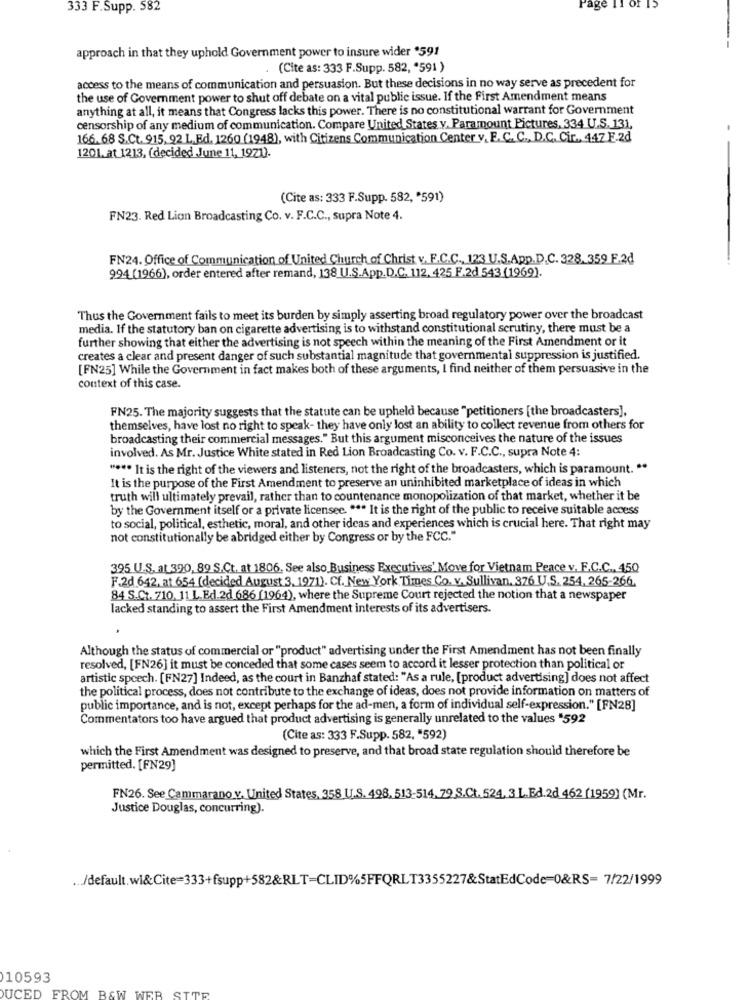
333 F.Supp. 582
age
approach in that they uphold Government power to insure wider *591
(Cite as: 333 F.Supp. 582, '591 )
access to the means of communication and persuasion. But these decisions in no way serve as precedent for
the use of Government power to shut off debate on a vital public issue. If the First Amendment means
anything at all, it means that Congress lacks this power. There is no constitutional warrant for Government
censorship of any medium of communication. Compare United States v. Paramount Pictures, 334 U.S. 131,
166. 68 S.Ct. 915, 92 L,Ed. 1260 (1948), with Citizens Communication Center v. E.C. C ., D.C. Cir ., 447 F.2d
1201. at 1213, (decided June 11, 1971).
(Cite as: 333 F.Supp. 582, '591)
FN23. Red Lion Broadcasting Co. v. F.C.C ., supra Note 4.
FN24. Office of Communication of United Church of Christ v. F.C.C ., 123 U.S.App.D.C. 328. 359 F.2d
994 (1966), order entered after remand, 138 U.S.App.D.C. 112, 425 F.2d 543 (1969).
Thus the Government fails to meet its burden by simply asserting broad regulatory power over the broadcast
media. If the statutory ban on cigarette advertising is to withstand constitutional scrutiny, there must be a
further showing that either the advertising is not speech within the meaning of the First Amendment or it
creates a clear and present danger of such substantial magnitude that governmental suppression is justified.
[FN25] While the Government in fact makes both of these arguments, I find neither of them persuasive in the
context of this case.
FN25. The majority suggests that the statute can be upheld because "petitioners [the broadcasters],
themselves, have lost no right to speak- they have only lost an ability to collect revenue from others for
broadcasting their commercial messages." But this argument misconceives the nature of the issues
involved. As Mr. Justice White stated in Red Lion Broadcasting Co. v. F.C.C ., supra Note 4:
" *** It is the right of the viewers and listeners, not the right of the broadcasters, which is paramount. "
It is the purpose of the First Amendment to preserve an uninhibited marketplace of ideas in which
truth will ultimately prevail, rather than to countenance monopolization of that market, whether it be
by the Government itself or a private licensee. *** It is the right of the public to receive suitable access
to social, political, esthetic, moral, and other ideas and experiences which is crucial here. That right may
not constitutionally be abridged either by Congress or by the FCC."
395 U.S. at 390, 89 S.Ct. at 1806. See also, Business Executives' Move for Vietnam Peace v. E.C.C ., 450
F.2d.642, at 654 (decided August 3, 1971). Cf. New York Times Co. v. Sullivan. 376 U.S. 254. 265-266.
84 S.Ct. 710, 11 L.Ed.2d 686 (1964), where the Supreme Court rejected the notion that a newspaper
lacked standing to assert the First Amendment interests of its advertisers.
Although the status of commercial or "product" advertising under the First Amendment has not been finally
resolved, [FN26] it must be conceded that some cases seem to accord it lesser protection than political or
artistic speech. [FN27] Indeed, as the court in Banzhaf stated: "As a rule, [product advertising] does not affect
the political process, does not contribute to the exchange of ideas, does not provide information on matters of
public importance, and is not, except perhaps for the ad-men, a form of individual self-expression." [FN28]
Commentators too have argued that product advertising is generally unrelated to the values "592
(Cite as: 333 F.Supp. 582, "592)
which the First Amendment was designed to preserve, and that broad state regulation should therefore be
permitted. [FN29]
FN26. See Cammarano v. United States, 358 U.S. 498, 513-514, 79 S.Ct. 524, 3 L.Ed.2d 462 (1959) (Mr.
Justice Douglas, concurring)
.. . /default. wi&Cite=333+fsupp+582&RLT=CLID%5FFQRLT3355227&StatEdCode=0&RS= 7/22/1999
10593
WER
DUCED FROM B&W W